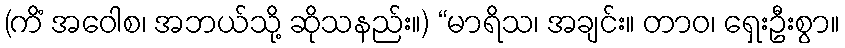
(ကိံ အဝေါစ၊ အဘယ်သို့ ဆိုသနည်း။) “မာရိသ၊ အချင်း။ တာဝ၊ ရှေးဦးစွာ။